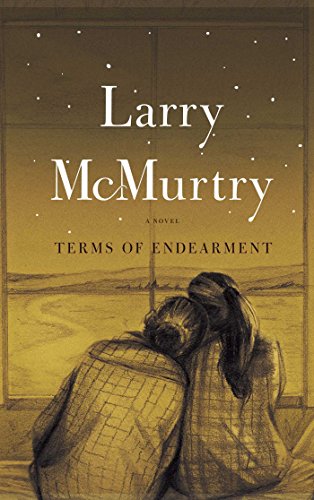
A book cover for Terms of Endearment: A Novel; Larry McMurtry; Literature & Fiction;